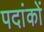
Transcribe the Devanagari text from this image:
पदांकों